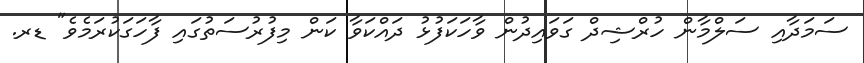
ސަމަދާއި ސަލްމާން ހުރްޝިދް ގަވައިދުން ވާހަކަފުޅު ދައްކަވާ ކަން މިފުރުސަތުގައި ފާހަގަކުރަމެވެ" ޑރ.